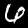
Label: 6